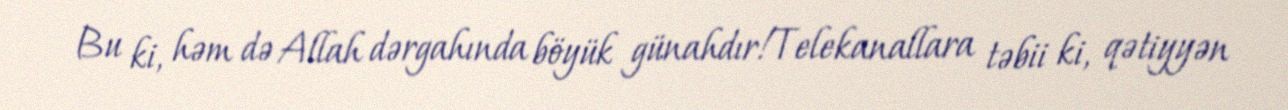
Bu ki, həm də Allah dərgahında böyük günahdır!Telekanallara təbii ki, qətiyyən